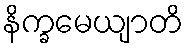
နိက္ခမေယျာတိ